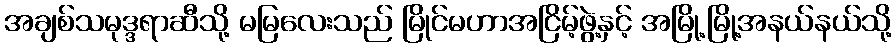
အချစ်သမုဒ္ဒရာဆီသို့ မမြလေးသည် မြိုင်မဟာအငြိမ့်ဖွဲ့နှင့် အမြို့မြို့အနယ်နယ်သို့